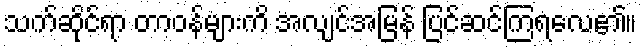
သက်ဆိုင်ရာ တာဝန်များကိ အလျင်အမြန် ပြင်ဆင်ကြရလေ၏။